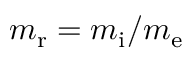
m _ { \mathrm { r } } = m _ { \mathrm { i } } / m _ { \mathrm { e } }